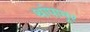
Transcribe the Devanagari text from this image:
थांपानूर